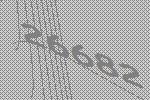
26682